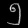
Digit: ၅